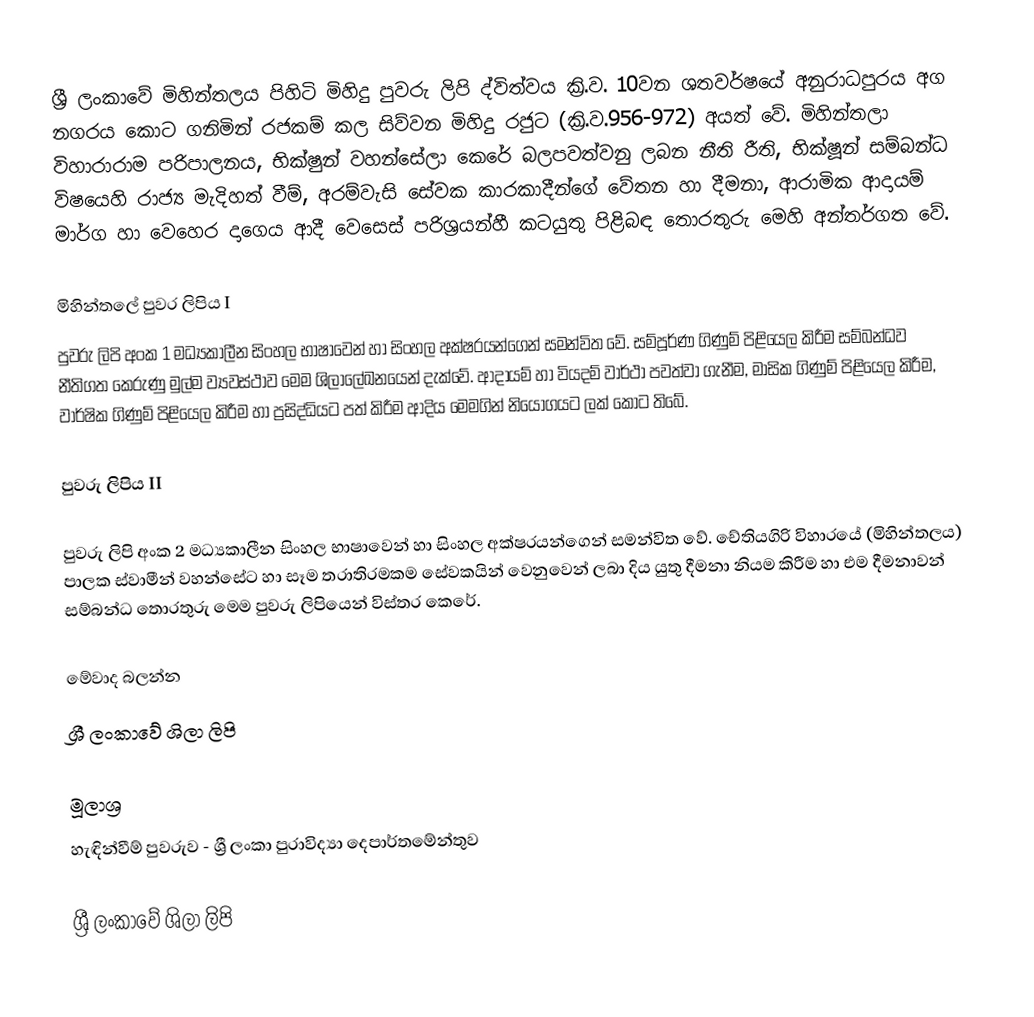
ශ්‍රී ලංකාවේ මිහින්තලය පිහිටි මිහිදු පුවරු ලිපි ද්විත්වය ක්‍රි.ව. 10වන ශතවර්ෂයේ අනුරාධපුරය අග නගරය කොට ගනිමින් රජකම් කල සිව්වන මිහිදු රජුට (ක්‍රි.ව.956-972) අයත් වේ. මිහින්තලා විහාරාරාම පරිපාලනය, භික්ෂුන් වහන්සේලා කෙරේ බලපවත්වනු ලබන නීති රීති, භික්ෂූන් සම්බන්ධ විෂයෙහි රාජ්‍ය මැදිහත් වීම්, අරම්වැසි සේවක කාරකාදීන්ගේ වේතන හා දීමනා, ආරාමික ආදායම් මාර්ග හා වෙහෙර දාගෙය ආදී වෙසෙස් පරිශ්‍රයන්හී කටයුතු පිළිබඳ තොරතුරු මෙහි අන්තර්ගත වේ.

මිහින්තලේ පුවර ලිපිය I
පුවරු ලිපි අංක 1 මධ්‍යකාලීන සිංහල භාෂාවෙන් හා සිංහල අක්ෂරයන්ගෙන් සමන්විත වේ. සම්පූර්ණ ගිණුම් පිළියෙල කිරීම සම්බන්ධව නීතිගත කෙරුණු මුල්ම ව්‍යවස්ථාව මෙම ශිලාලේඛනයෙන් දැක්වේ. ආදායම් හා වියදම් වාර්ථා පවත්වා ගැනීම, මාසික ගිණුම් පිළියෙල කිරීම, වාර්ෂික ගිණුම් පිළියෙල කිරීම හා ප්‍රසිද්ධියට පත් කිරීම ආදිය මෙමගින් නියෝගයට ලක් කොට තිබේ.

පුවරු ලිපිය II

පුවරු ලිපි අංක 2 මධ්‍යකාලීන සිංහල භාෂාවෙන් හා සිංහල අක්ෂරයන්ගෙන් සමන්විත වේ. චේතියගිරි විහාරයේ (මිහින්තලය) පාලක ස්වාමීන් වහන්සේට හා සෑම තරාතිරමකම සේවකයින් වෙනුවෙන් ලබා දිය යුතු දීමනා නියම කිරීම හා එම දීමනාවන් සම්බන්ධ තොරතුරු මෙම පුවරු ලිපියෙන් විස්තර කෙරේ.

මේවාද බලන්න
ශ්‍රී ලංකාවේ ශිලා ලිපි

මූලාශ්‍ර
හැඳින්වීම් පුවරුව - ශ්‍රී ලංකා පුරාවිද්‍යා දෙපාර්තමේන්තුව

ශ්‍රී ලංකාවේ ශිලා ලිපි